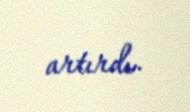
artırdı.